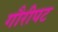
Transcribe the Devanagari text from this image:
गौरीपट